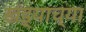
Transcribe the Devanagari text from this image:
खंड्याच्या